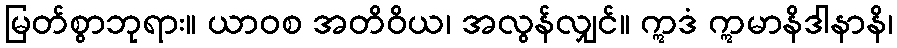
မြတ်စွာဘုရား။ ယာဝစ အတိဝိယ၊ အလွန်လျှင်။ ဣဒံ ဣမာနိဒါနာနိ၊